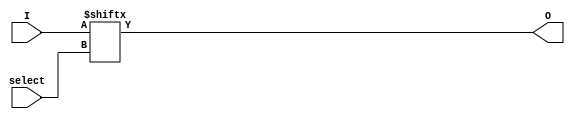
module mux2(select, I, O );

  input[1:0] select;
  input[3:0] I;
  output O;

  wire O;
  wire[1:0] select;
  wire[3:0] I;

  assign O = I[select];

endmodule